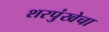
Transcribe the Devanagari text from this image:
शरपुंखेचा